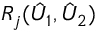
R _ { j } ( \hat { U } _ { 1 } , \hat { U } _ { 2 } )